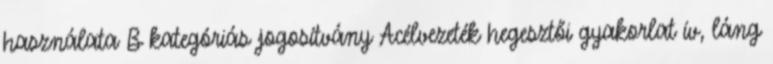
használata B kategóriás jogosítvány Acélvezeték hegesztői gyakorlat ív, láng